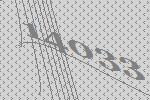
14033